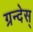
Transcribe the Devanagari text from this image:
ग्रन्देस्